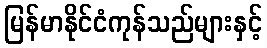
မြန်မာနိုင်ငံကုန်သည်များနှင့်